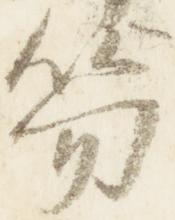
笏